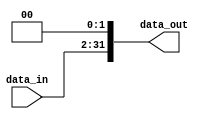

module shift_l (data_out, data_in);
    parameter val=2;
    parameter in_size=30;
    parameter out_size=32;
    input [in_size-1:0] data_in;
    output [out_size-1:0] data_out;

    reg [in_size+val-1:0] data;
    reg [out_size-1:0] data_out;

    always @(data_in) begin
        data=0;
        data[in_size+val-1:val]=data_in;
        data_out=data[out_size-1:0];
        //$display("shift_left: %b", data_out);
    end

endmodule